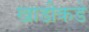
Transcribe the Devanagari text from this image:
खाडीकडे